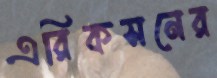
এরিকসনের